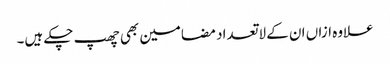
علاوہ ازاں ان کے لاتعداد مضامین بھی چھپ چکے ہیں۔